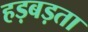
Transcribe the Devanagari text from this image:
हड़बड़ता